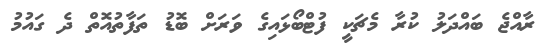
ރާއްޖެ ބައްދަލު ކުރާ މެޗަކީ ފުޓްބޯޅައިގެ ވަރަށް ބޮޑު ތަފާތުއޮތް ދެ ގައުމު